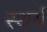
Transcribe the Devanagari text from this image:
स्थर्य